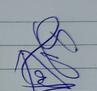
Signature authenticity: genuine